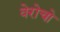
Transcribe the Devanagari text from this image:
वेरोचो